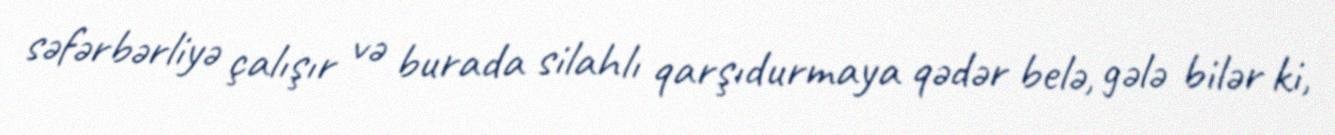
səfərbərliyə çalışır və burada silahlı qarşıdurmaya qədər belə, gələ bilər ki,